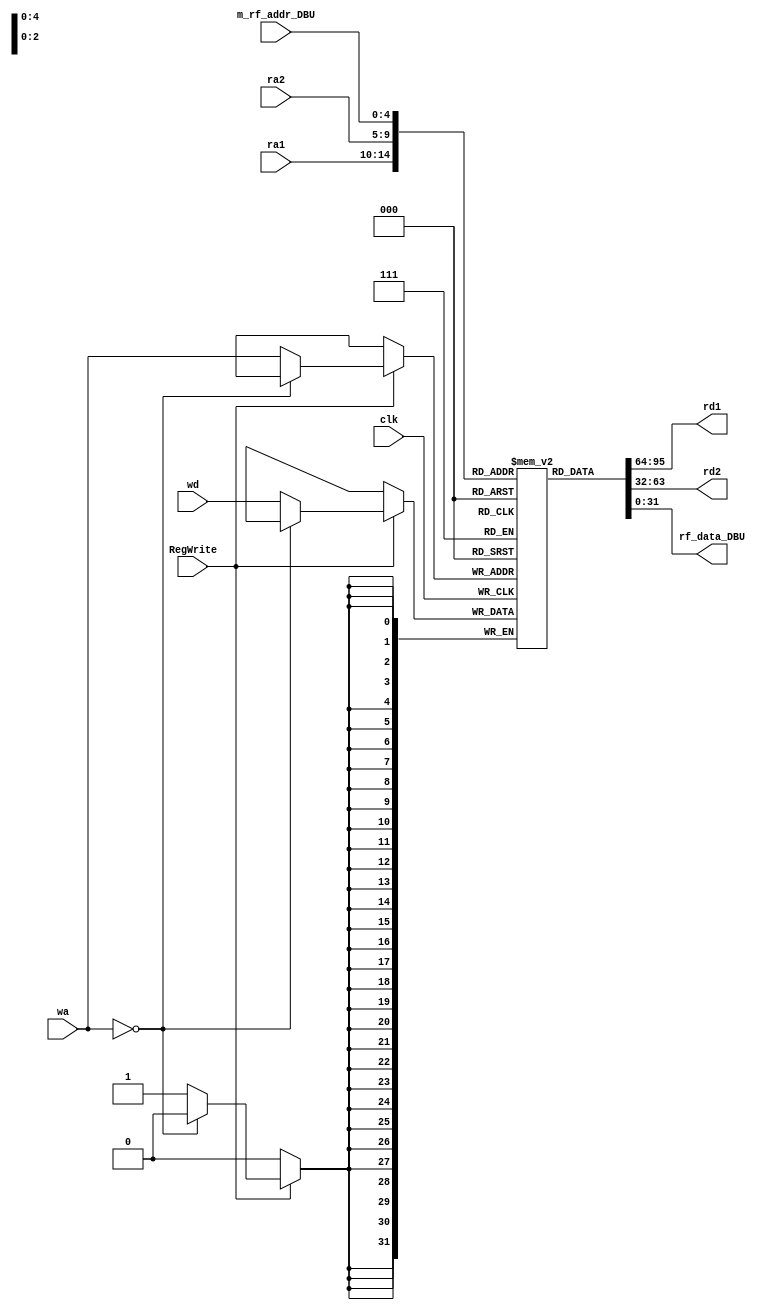
`timescale 1ns / 1ps
//////////////////////////////////////////////////////////////////////////////////
// Company: 
// Engineer: 
// 
// Design Name: 
// Module Name: Register_File
// Project Name: 
// Target Devices: 
// Tool Versions: 
// Description: 
// 
// Dependencies: 
// 
// Revision:
// Revision 0.01 - File Created
// Additional Comments:
// 
//////////////////////////////////////////////////////////////////////////////////


module Register_File
    #(parameter WIDTH=32)
   (
    input clk,                 //clock
    input [4:0] ra1,           //0
    output [WIDTH-1:0] rd1,    //0
    input [4:0] ra2,           //1
    output [WIDTH-1:0] rd2,   //1
    input [4:0] wa,           //
    input RegWrite,                 //
    input [WIDTH-1:0] wd,      //
    
    input [4:0] m_rf_addr_DBU,
    output [31:0] rf_data_DBU
    );    // 
    
    reg [WIDTH-1:0] register[31:0];
    initial begin
      register[0]=0;register[1]=0;register[2]=0;register[3]=0;register[4]=0;register[5]=0;register[6]=0;register[7]=0;
      register[8]=0;register[9]=0;register[10]=0;register[11]=0;register[12]=0;register[13]=0;register[14]=0;register[15]=0;
      register[16]=0;register[17]=0;register[18]=0;register[19]=0;register[20]=0;register[21]=0;register[22]=0;register[23]=0;
      register[24]=0;register[25]=0;register[26]=0;register[27]=0;register[28]=0;register[29]=0;register[30]=0;register[31]=0;
    end
    
     always @(posedge clk)begin
        if(RegWrite)begin
            if(wa==0) ; //0
            else register [wa] <= wd;
        end
    end
    
    assign rd1 = register[ra1];
    assign rd2 = register[ra2];
    
    assign rf_data_DBU = register[m_rf_addr_DBU];
    
endmodule